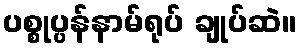
ပစ္စုပ္ပန်နာမ်ရုပ် ချုပ်ဆဲ။